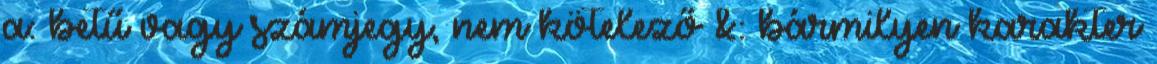
a: betű vagy számjegy, nem kötelező &: bármilyen karakter